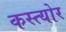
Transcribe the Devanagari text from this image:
कस्त्योर